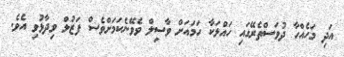
އަދި މަހެއްހާ ދުވަސްތެރޭގައި ހައްލަކާ ހަމައަށް ވާސިލް ވެވޭނެކަމަށްވެސް ފަޒުލް ވިދާޅުވި އެވެ.